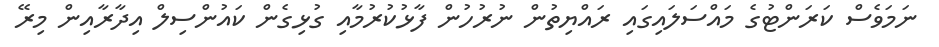
ނަމަވެސް ކަރަންޓުގެ މައްސަލައިގައި ރައްޔިތުން ނުރުހުން ފާޅުކުރުމާއި ގުޅިގެން ކައުންސިލް އިދާރާއިން މިރޭ